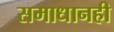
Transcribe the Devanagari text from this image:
समाधानही